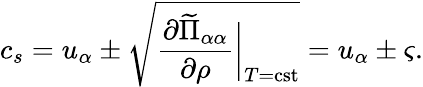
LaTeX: c_{s}=u_{\alpha}\pm\sqrt{\frac{\partial\widetilde{\Pi}_{\alpha\alpha}}{\partial\rho}\bigg|_{T=\mathrm{cst}}}=u_{\alpha}\pm\varsigma.